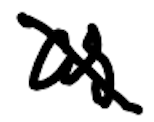
Text: as
Cross-out: diagonal
Writing tool: digital_black